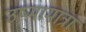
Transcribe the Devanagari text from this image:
उष्मामात्रा